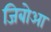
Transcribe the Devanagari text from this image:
जिबोआ